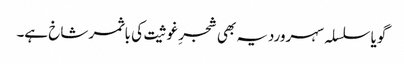
گویا سلسلہ سہروردیہ بھی شجرِ غوثیت کی باثمر شاخ ہے۔